Document type: Anniversary endowment
Year: 1486
Scribe: Bartomeu Masons
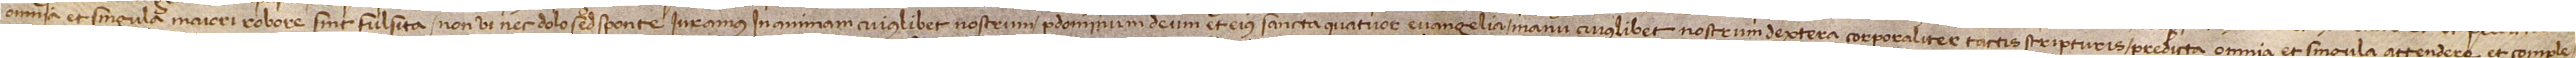
omnia et singula maiori robore sint fulsita, non vi nec dolo, sed sponte, iuramus in animam cuiuslibet nostrum per Dominum Deum et eius sancta quatuor Evangelia, manu cuiuslibet nostrum dextera corporaliter tactis scripturis, predicta omnia et singula attendere et comple-